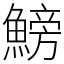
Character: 鰟